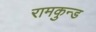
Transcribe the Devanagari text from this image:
रामकुन्ड